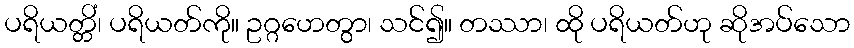
ပရိယတ္တိံ၊ ပရိယတ်ကို။ ဥဂ္ဂဟေတွာ၊ သင်၍။ တဿာ၊ ထို ပရိယတ်ဟု ဆိုအပ်သော